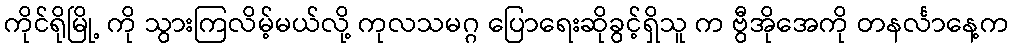
ကိုင်ရိုမြို့ ကို သွားကြလိမ့်မယ်လို့ ကုလသမဂ္ဂ ပြောရေးဆိုခွင့်ရှိသူ က ဗွီအိုအေကို တနင်္လာနေ့က